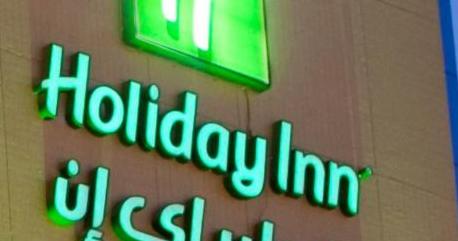
holidayinn